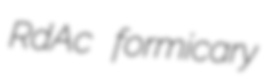
RdAc formicary